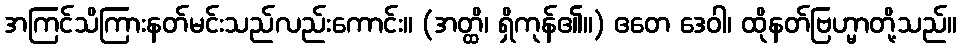
အကြင်သိကြားနတ်မင်းသည်လည်းကောင်း။ (အတ္ထိ၊ ရှိကုန်၏။) ဧတေ ဒေဝါ၊ ထိုနတ်ဗြဟ္မာတို့သည်။